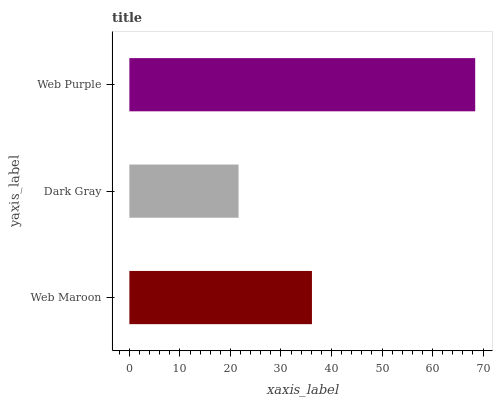
| yaxis_label | bars |
 | --- | --- |
 | Web Maroon | 36.1 |
 | Dark Gray | 21.6 |
 | Web Purple | 68.4 |